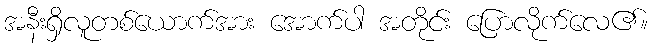
အနီးရှိလူတစ်ယောက်အား အောက်ပါ အတိုင်း ပြောလိုက်လေ၏။